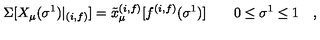
\Sigma [ X _ { \mu } ( \sigma ^ { 1 } ) | _ { ( i , f ) } ] = { \tilde { x } } _ { \mu } ^ { ( i , f ) } [ f ^ { ( i , f ) } ( \sigma ^ { 1 } ) ] \quad \quad 0 \le \sigma ^ { 1 } \le 1 \quad ,